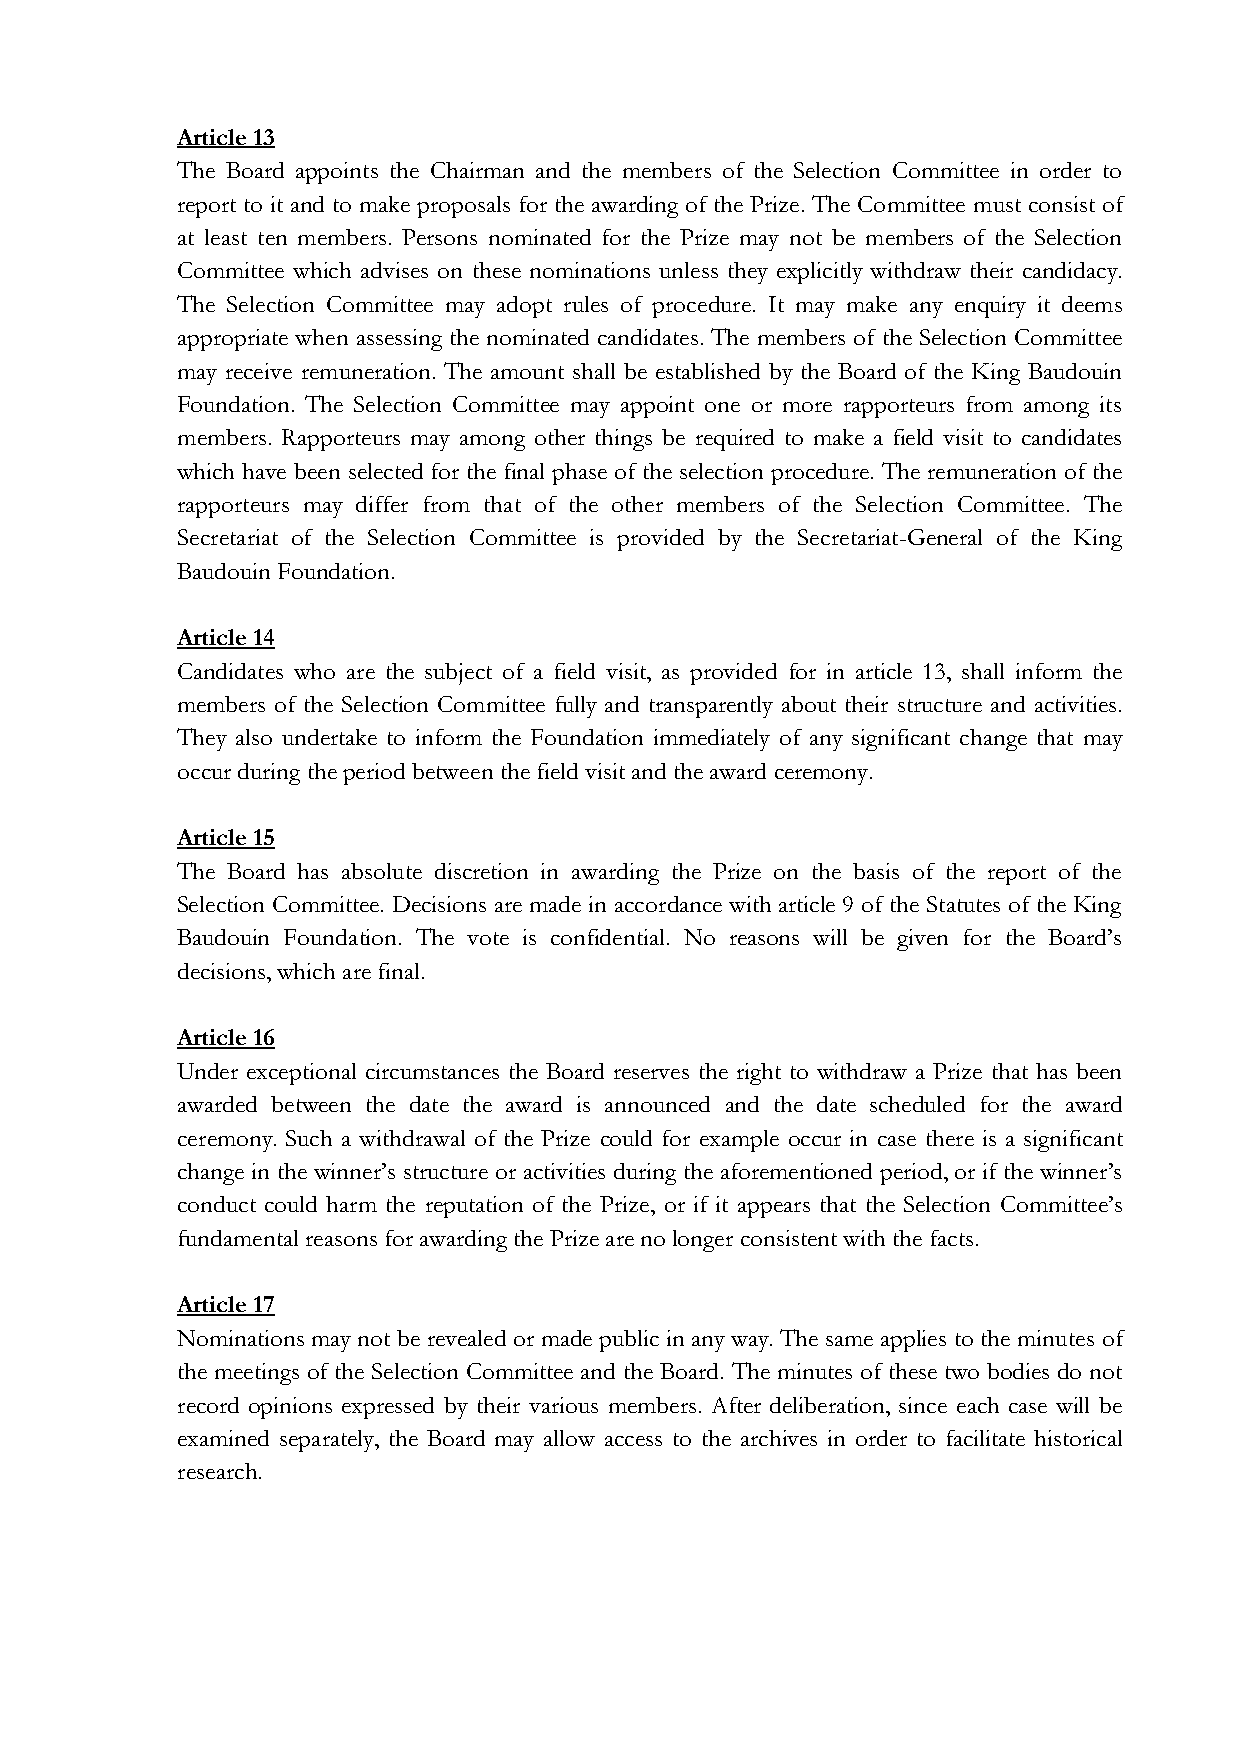
Article 13
 The Board appoints the Chairman and the members of the Selection Committee in order to
 report to it and to make proposals for the awarding of the Prize. The Committee must consist of
 at least ten members. Persons nominated for the Prize may not be members of the Selection
 Committee which advises on these nominations unless they explicitly withdraw their candidacy.
 The Selection Committee may adopt rules of procedure. It may make any enquiry it deems
 appropriate when assessing the nominated candidates. The members of the Selection Committee
 may receive remuneration. The amount shall be established by the Board of the King Baudouin
 Foundation. The Selection Committee may appoint one or more rapporteurs from among its
 members. Rapporteurs may among other things be required to make a field visit to candidates
 which have been selected for the final phase of the selection procedure. The remuneration of the
 rapporteurs may differ from that of the other members of the Selection Committee. The
 Secretariat of the Selection Committee is provided by the Secretariat-General of the King
 Baudouin Foundation.
 Article 14
 Candidates who are the subject of a field visit, as provided for in article 13, shall inform the
 members of the Selection Committee fully and transparently about their structure and activities.
 They also undertake to inform the Foundation immediately of any significant change that may
 occur during the period between the field visit and the award ceremony.
 Article 15
 The Board has absolute discretion in awarding the Prize on the basis of the report of the
 Selection Committee. Decisions are made in accordance with article 9 of the Statutes of the King
 Baudouin Foundation. The vote is confidential. No reasons will be given for the Board’s
 decisions, which are final.
 Article 16
 Under exceptional circumstances the Board reserves the right to withdraw a Prize that has been
 awarded between the date the award is announced and the date scheduled for the award
 ceremony. Such a withdrawal of the Prize could for example occur in case there is a significant
 change in the winner’s structure or activities during the aforementioned period, or if the winner’s
 conduct could harm the reputation of the Prize, or if it appears that the Selection Committee’s
 fundamental reasons for awarding the Prize are no longer consistent with the facts.
 Article 17
 Nominations may not be revealed or made public in any way. The same applies to the minutes of
 the meetings of the Selection Committee and the Board. The minutes of these two bodies do not
 record opinions expressed by their various members. After deliberation, since each case will be
 examined separately, the Board may allow access to the archives in order to facilitate historical
 research.